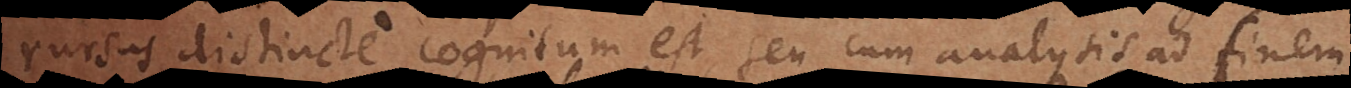
rursus distincte cognitum est, seu cum analysis ad finem